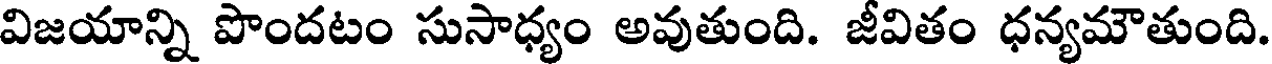
విజయాన్ని పొందటం సుసాధ్యం అవుతుంది. జీవితం ధన్యమౌతుంది.